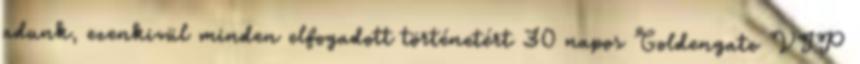
adunk, ezenkivül minden elfogadott történetért 30 napos Goldengate VIP